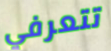
تتعرفي